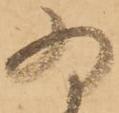
為